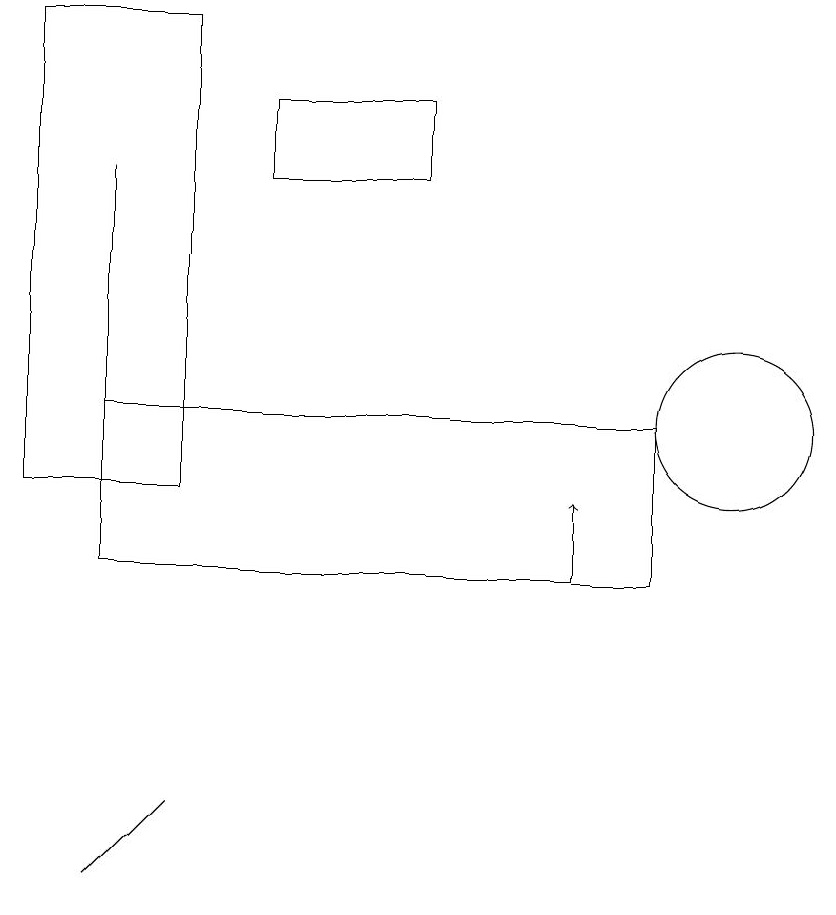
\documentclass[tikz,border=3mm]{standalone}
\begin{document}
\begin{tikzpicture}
\draw (9,10) rectangle (2,12);
\draw (10,12) circle (1);
\draw (3,7) -- (3,7) -- (2,6) -- cycle;
\draw (3,11) rectangle (1,17);
\draw[->] (8,10) -- (8,11);
\draw (10,10) circle (0);
\draw (4,15) rectangle (6,16);
\draw (2,12) rectangle (2,15);
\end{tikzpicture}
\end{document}